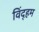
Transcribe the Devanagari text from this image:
विंद्हम